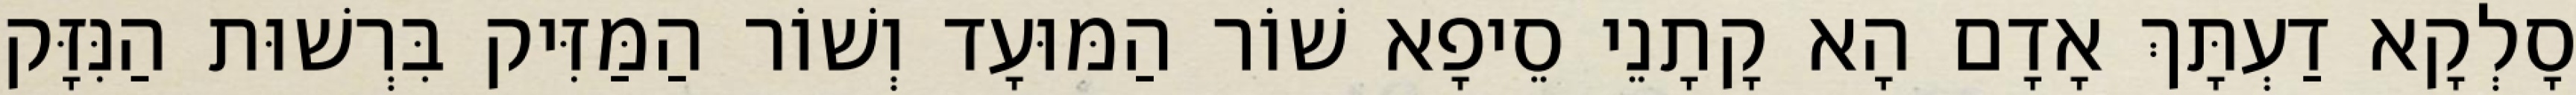
סָלְקָא דַעְתָּךְ אָדָם הָא קָתָנֵי סֵיפָא שׁוֹר הַמּוּעָד וְשׁוֹר הַמַּזִּיק בִּרְשׁוּת הַנִּזָּק